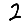
Digit: 2